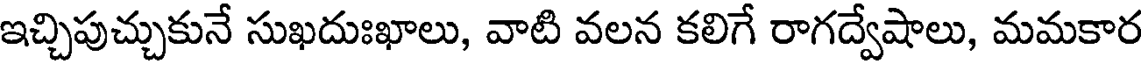
ఇచ్చిపుచ్చుకునే సుఖదుఃఖాలు, వాటి వలన కలిగే రాగద్వేషాలు, మమకార